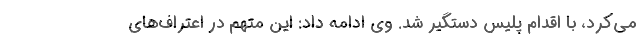
می‌کرد، با اقدام پلیس دستگیر شد. وی ادامه داد: این متهم در اعتراف‌های